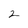
Character: 2